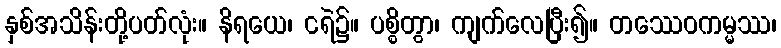
နှစ်အသိန်းတို့ပတ်လုံး။ နိရယေ၊ ငရဲ၌။ ပစ္စိတွာ၊ ကျက်လေပြီး၍။ တဿေဝကမ္မဿ၊